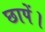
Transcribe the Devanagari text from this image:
छापें।